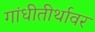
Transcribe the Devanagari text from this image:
गांधीतीर्थावर